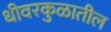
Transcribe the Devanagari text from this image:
धीवरकुळातील